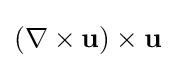
{\textstyle (\nabla \times \mathbf {u} )\times \mathbf {u} }